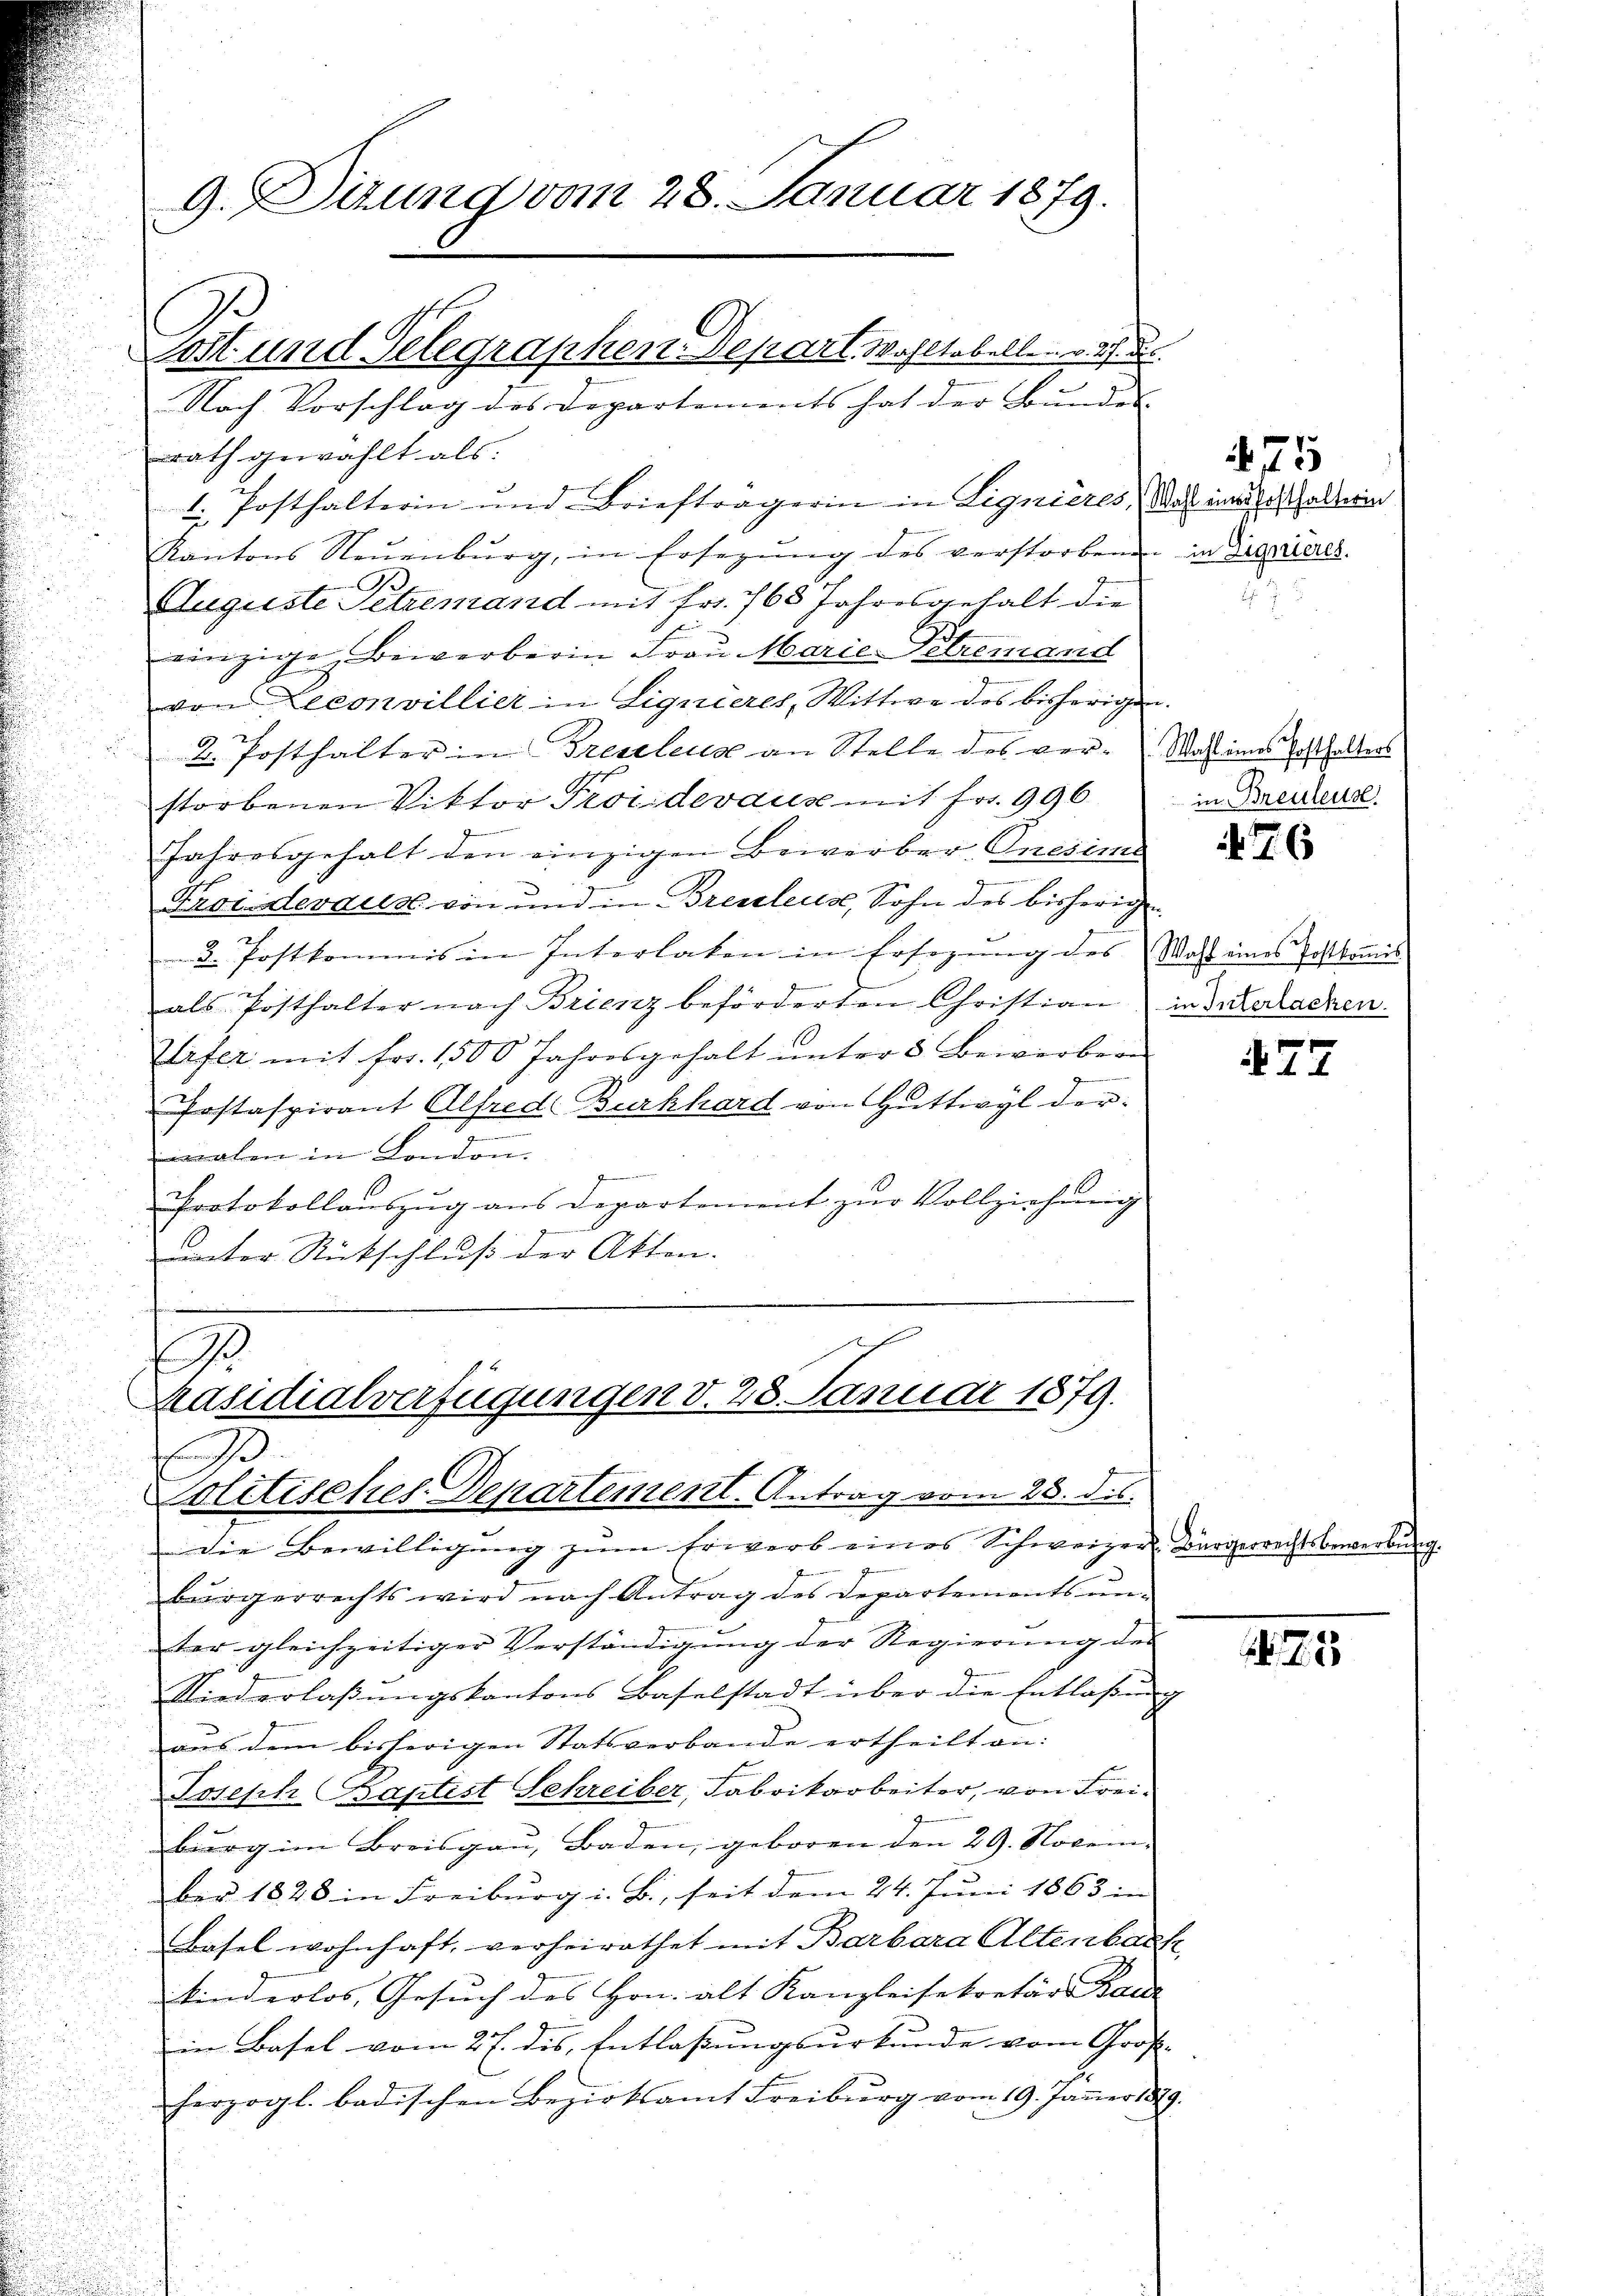
9. Sitzung vom 28. Januar 1879.

rath gewählt als:
1. Posthalterin und Briefträgerin in Lignieres, das inne alterin
Kantons Neuenburg, in Ersezung des verstorbenen in Departals
Auguste Pelzemand mit Fr. 768 Jahresgehalt die
einzige Bewerberin Frau Marie-Pelremand
von Leconvillier in Lignieres, Wittwe des bisherigen.
2. Posthalter in Treuelena an Stelle des ver-Wahl eines Ersthalters
storbenen Viktor Proi devaux mit fr. 996
Jahresgehalt den einzigen Bewerber-Onesima
Frouideraus von und in Brentens, Sohn des bisherigen
2. Postkommis in Interlaten in Ersezung des Wahl eines Postkomis
als Posthalter nach Brienz beförderten Christian
1
Plifer mit fr. 1500 Jahresgehalt ŭnter 3 Bewerber
Postaspirant Alfred Burkhard von Guttwyl der¬
.
aben in London.
1
Protokollauszug aus Departement zŭr Vollziehung
unter Rückschluß der Akten.

Sost und Telegraphen-Depart. Wohltobellen v. 2. d.
Nach Vorschlag des Departements hat der Bundes-

Die Bewilligŭng zŭm Erwerb eines Schweizer-Bürgerrechtsbewerbung.
bürgerrechts wird nach Antrag des Departements unter gleichzeitiger Verständigung der Regierung des
Niederlaβŭngskantons Baselstadt über die Entlaßung
aus dem bisherigen Statsverbande ertheilt an:
Joseph Baptist Schreiber, Fabrikarbeiter, von Freiburg im Breisgau, Baden, geboren den 29. November 1828 in Freiburg i. B., seit dem 24. Juni 1863 in
Basel wohnhaft, verheirathet mit Barbara Altenbach
kinderlos, Gesuch des Hrn. alt Kanzleisekretärs Baue
in Basel vom 27. des, Entlassungsurkunde vom Groß-
herzogl. badischen Bezirksamt Freiburg vom 19. Jäṅer 1849.

93.
Präsidialverfügungen v. 28. Januar 1879.

Politisches Departement. Antrag vom 28. ds.

7

in Breitens

76

in Interlacken.

77

255